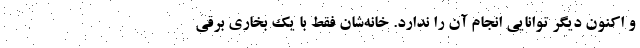
و اکنون دیگر توانایی انجام آن را ندارد. خانه‌شان فقط با یک بخاری برقی